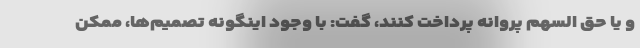
و یا حق السهم پروانه پرداخت کنند، گفت: با وجود اینگونه تصمیم‌ها، ممکن